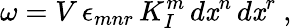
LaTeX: \omega=V\, \epsilon_{mnr}\, K_{I}^{m}\, d\mathit{x}^{n}\, d\mathit{x}^{r}\ ,